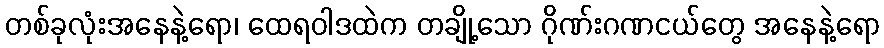
တစ်ခုလုံးအနေနဲ့ရော၊ ထေရဝါဒထဲက တချို့သော ဂိုဏ်းဂဏငယ်တွေ အနေနဲ့ရော